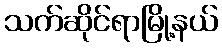
သက်ဆိုင်ရာမြို့နယ်